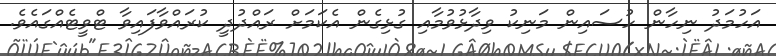
އަހުމަދު ނިހާން ހުސައިން މަނިކު ވިދާޅުވުމާއި ގުޅިގެން އެކަމަށް ރައްދުދީ ކުރައްވާފައިވާ ޓްވީޓެއްގައެވެ.